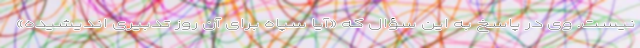
نیست. وی در پاسخ به این سؤال که «آیا سپاه برای آن روز تدبیری اندیشیده»